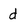
Character: d